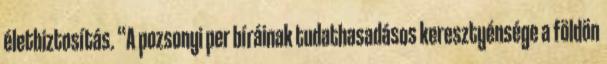
életbiztosítás. “A pozsonyi per bíráinak tudathasadásos keresztyénsége a földön